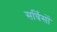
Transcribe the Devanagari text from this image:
सर्विसों